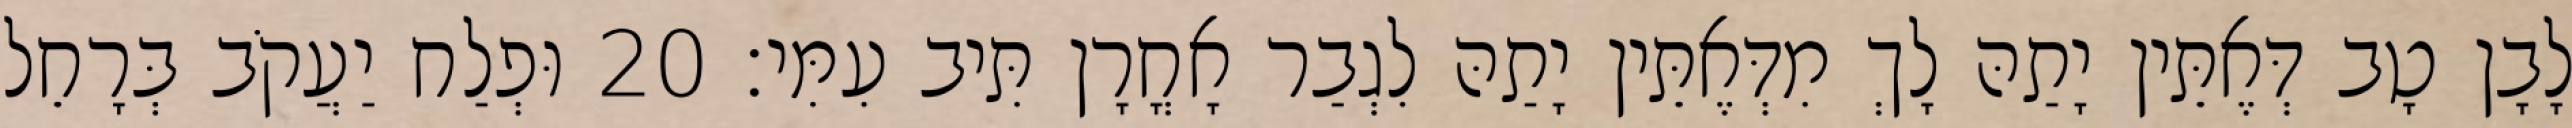
לָבָן טָב דְּאֶתֵּין יָתַהּ לָךְ מִדְּאֶתֵּין יָתַהּ לִגְבַר אָחֳרָן תִּיב עִמִּי׃ 20 וּפְלַח יַעֲקֹב בְּרָחֵל